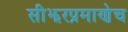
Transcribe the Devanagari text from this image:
सीझरप्रमाणेच